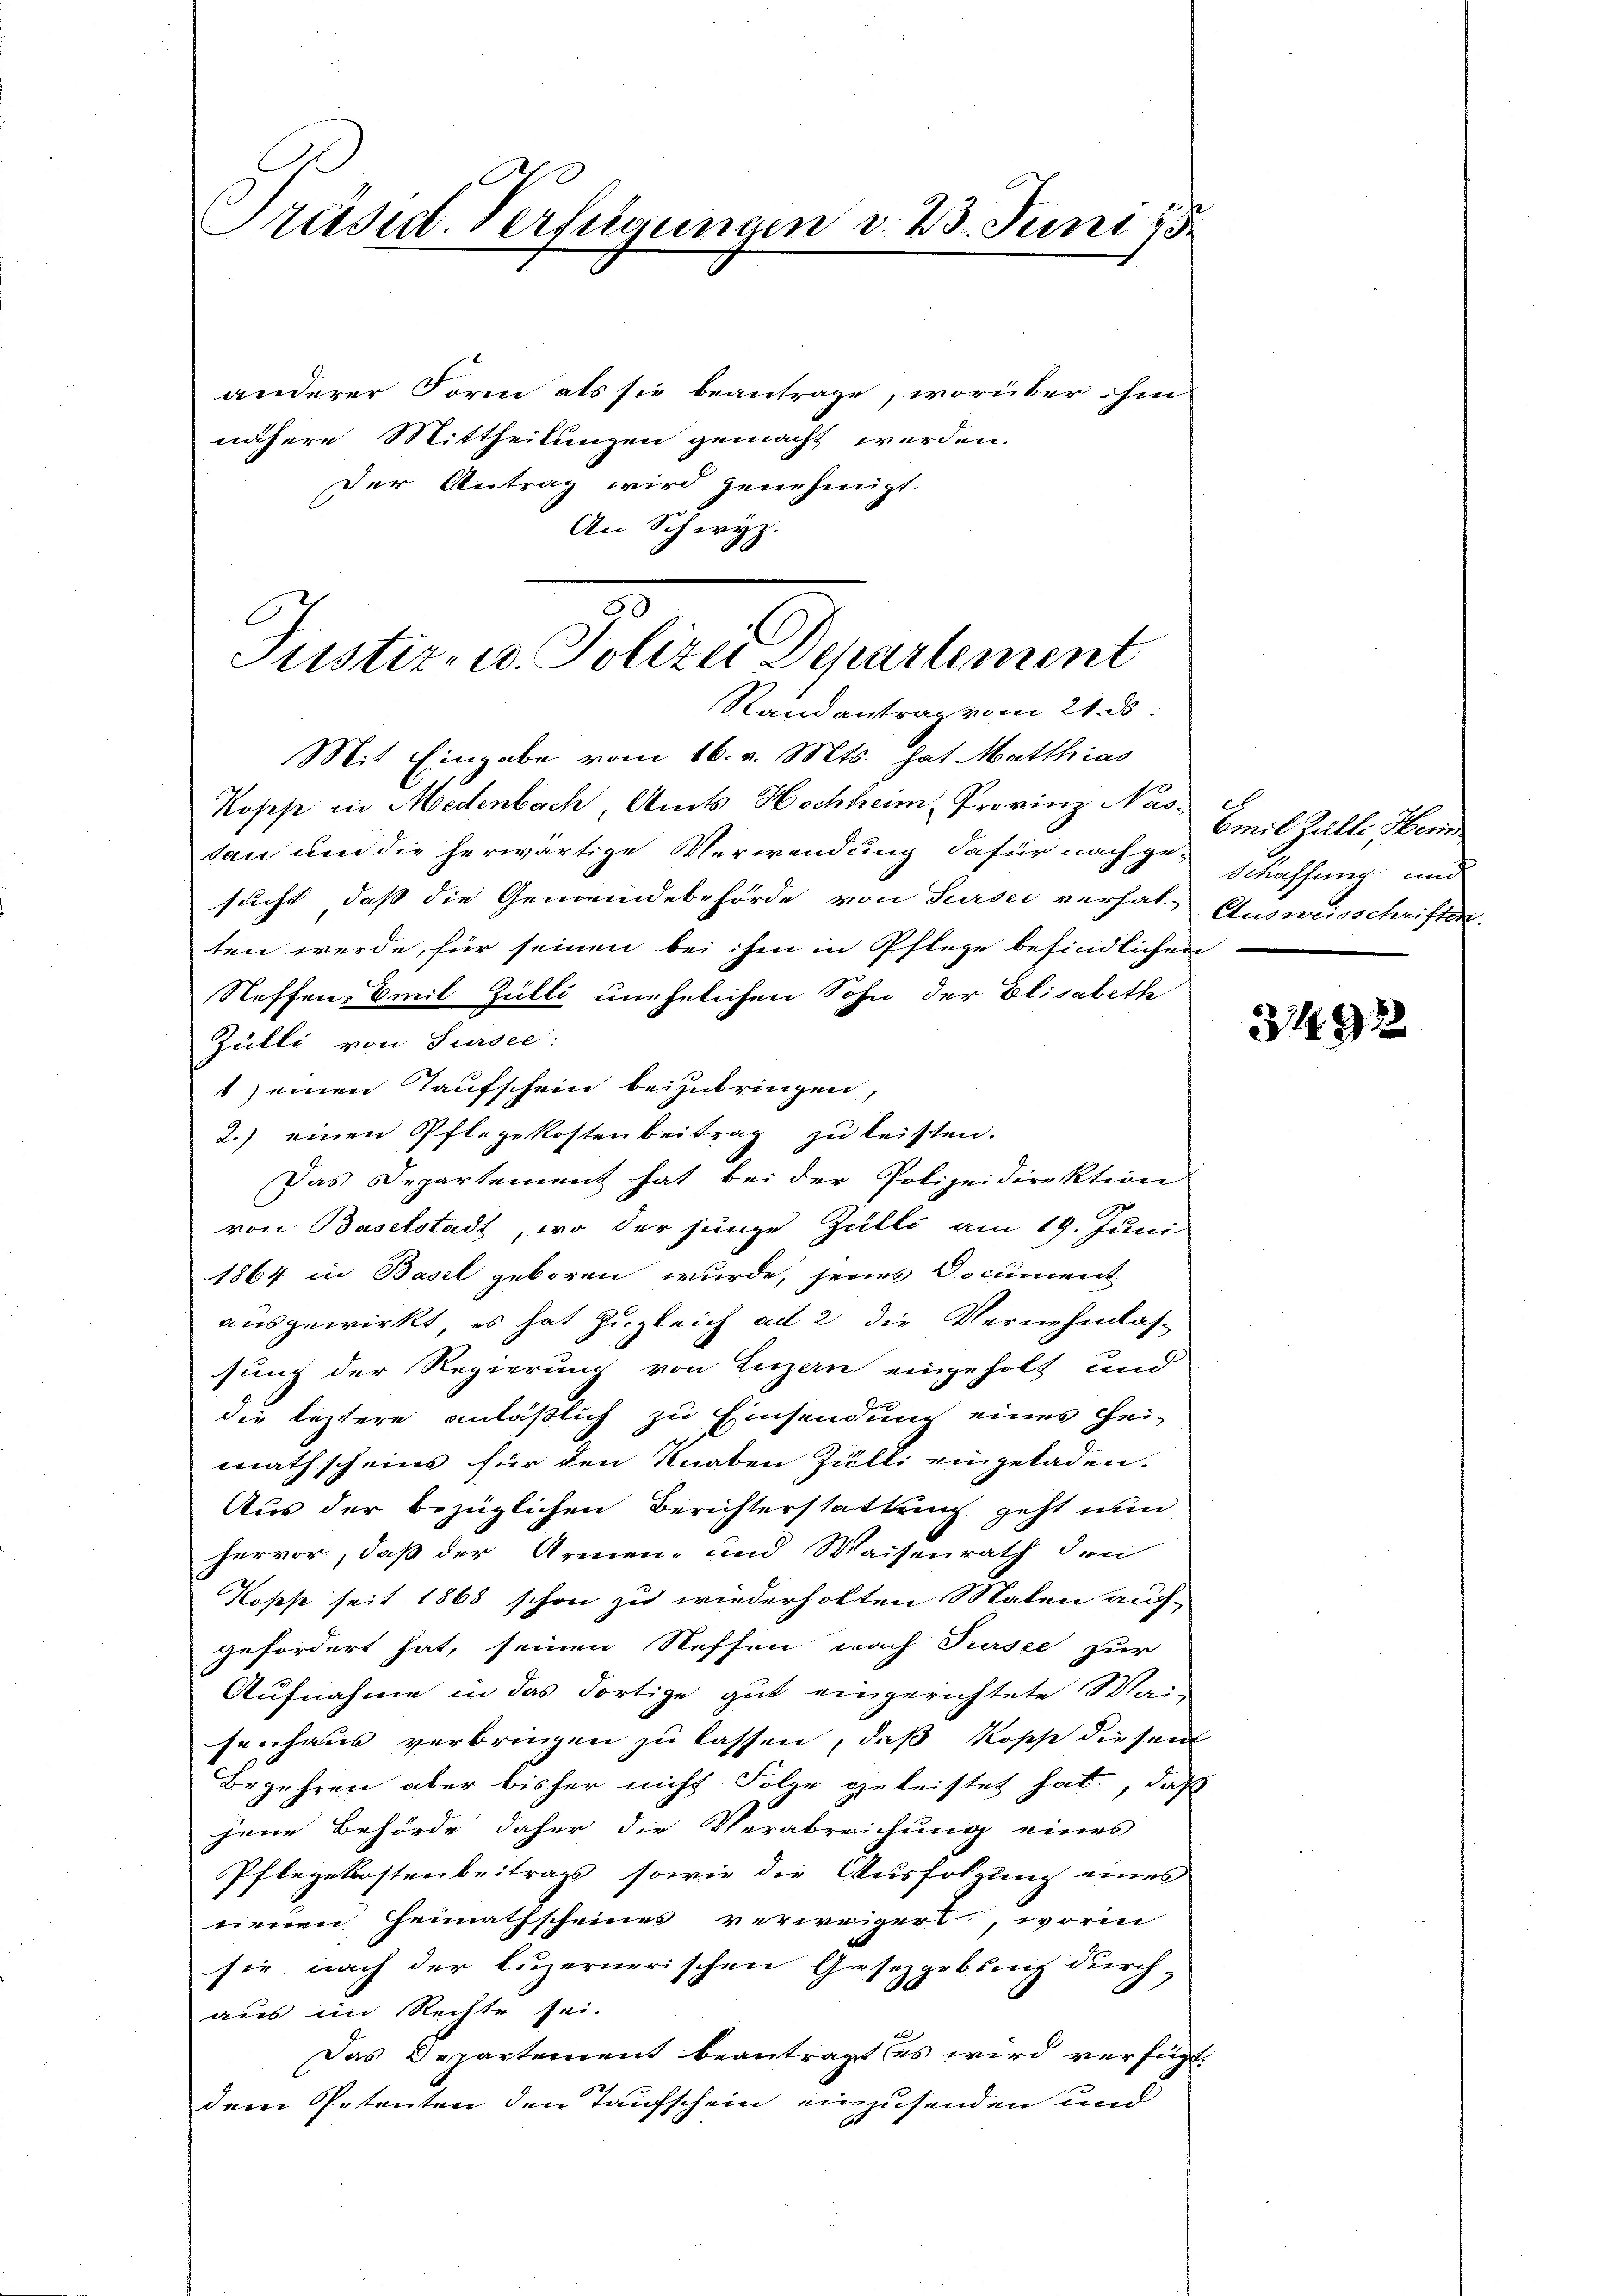
Präsid. Verkehrungen d. 23. Juni 18

anderer Form als sie beantrage, worüber ihm
nähere Mittheilungen gemacht werden.
Der Antrag wird genehmigt.
An Schwyz.

Justiz- u. Polizei Departement
Randantrag vom 21. ds

Mit Eingabe vom 16. v. Mts. hat Matthias
Kopp in Medenbach Amts Hochheim Provinz Nas-
tan und die herwärtige Verwendung dafür nach ge-
sucht, daß die Gemeindebehörde von Sursei versal-Ausweisschriften.
ten werde, für seinen bei ihm in Pflege befindlichen
Steffen, Emil Zülli unehelichen Sohn der Elisabeth
Zülli von Sursee:
1) einen Taufschein beizubringen,
2.) einen Pflegekostenbeitrag zu leisten.
Das Departement hat bei der Polizeidirektion
von Baselstadt, wo der junge Zülli am 19. Juni
1864 in Basel geboren wurde, seines Document
ausgewirkt, es hat zugleich ad 2 die Vernehmlassung der Regierung von Luzern eingeholt und
die leztere anläßlich zu Einsendung eines Hei-
mathscheins für den Knaben Zülli eingeladen.
Aus der bezüglichen Berichterstattung geht nun
hervor, daß der Armen- und Waisenrath den
Koses seit 1865 schon zu wiederholten Malen auf-
gefordert hat, seinen Neffen nach Tursee zur
Aufnahme in das dortige gut eingerichtete Waisenhaus verbringen zu lassen, daß Kosse diesem
Begehren aber bisher nicht Folge geleistet hat, daß
jene Behörde daher die Verabreichung eines
Pflegekostenbeitrags, sowie die Ausfolgung eines
nenen Heimathscheines verweigers, worin
sie nach der luzernerischen Gesetzgebung durchaus im Rechte sei.
Das Departement beantragt (es wird verfügt:
dem Petenten den Taufschein einesenden und
f

Emil Zalli Hein
Schaffung und

3492